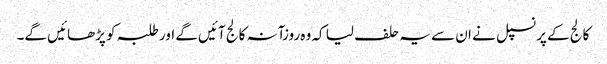
کالج کے پرنسپل نے ان سے یہ حلف لیا کہ وہ روزآنہ کالج آئیں گے اور طلبہ کو پڑھائیں گے۔